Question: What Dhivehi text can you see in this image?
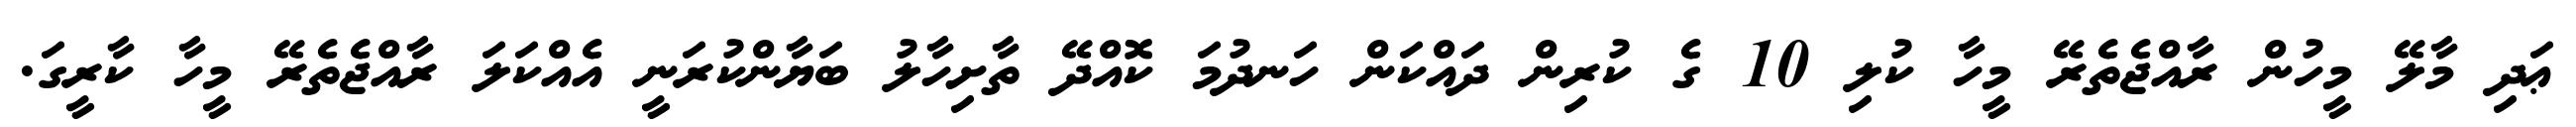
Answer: ޢަދި މާލޭ މީހުން ރާއްޖެތެރޭ މީހާ ކުލި 10 ގެ ކުރިން ދައްކަން ހަނދުމަ ކޮއްދޭ ތާށިހާލު ބަޔާންކުރަނީ އެއްކަލަ ރާއްޖެތެރޭ މީހާ ކާރީގަ.